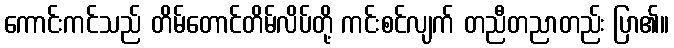
ကောင်းကင်သည် တိမ်တောင်တိမ်လိပ်တို့ ကင်းစင်လျက် တညီတညာတည်း ပြာ၏။